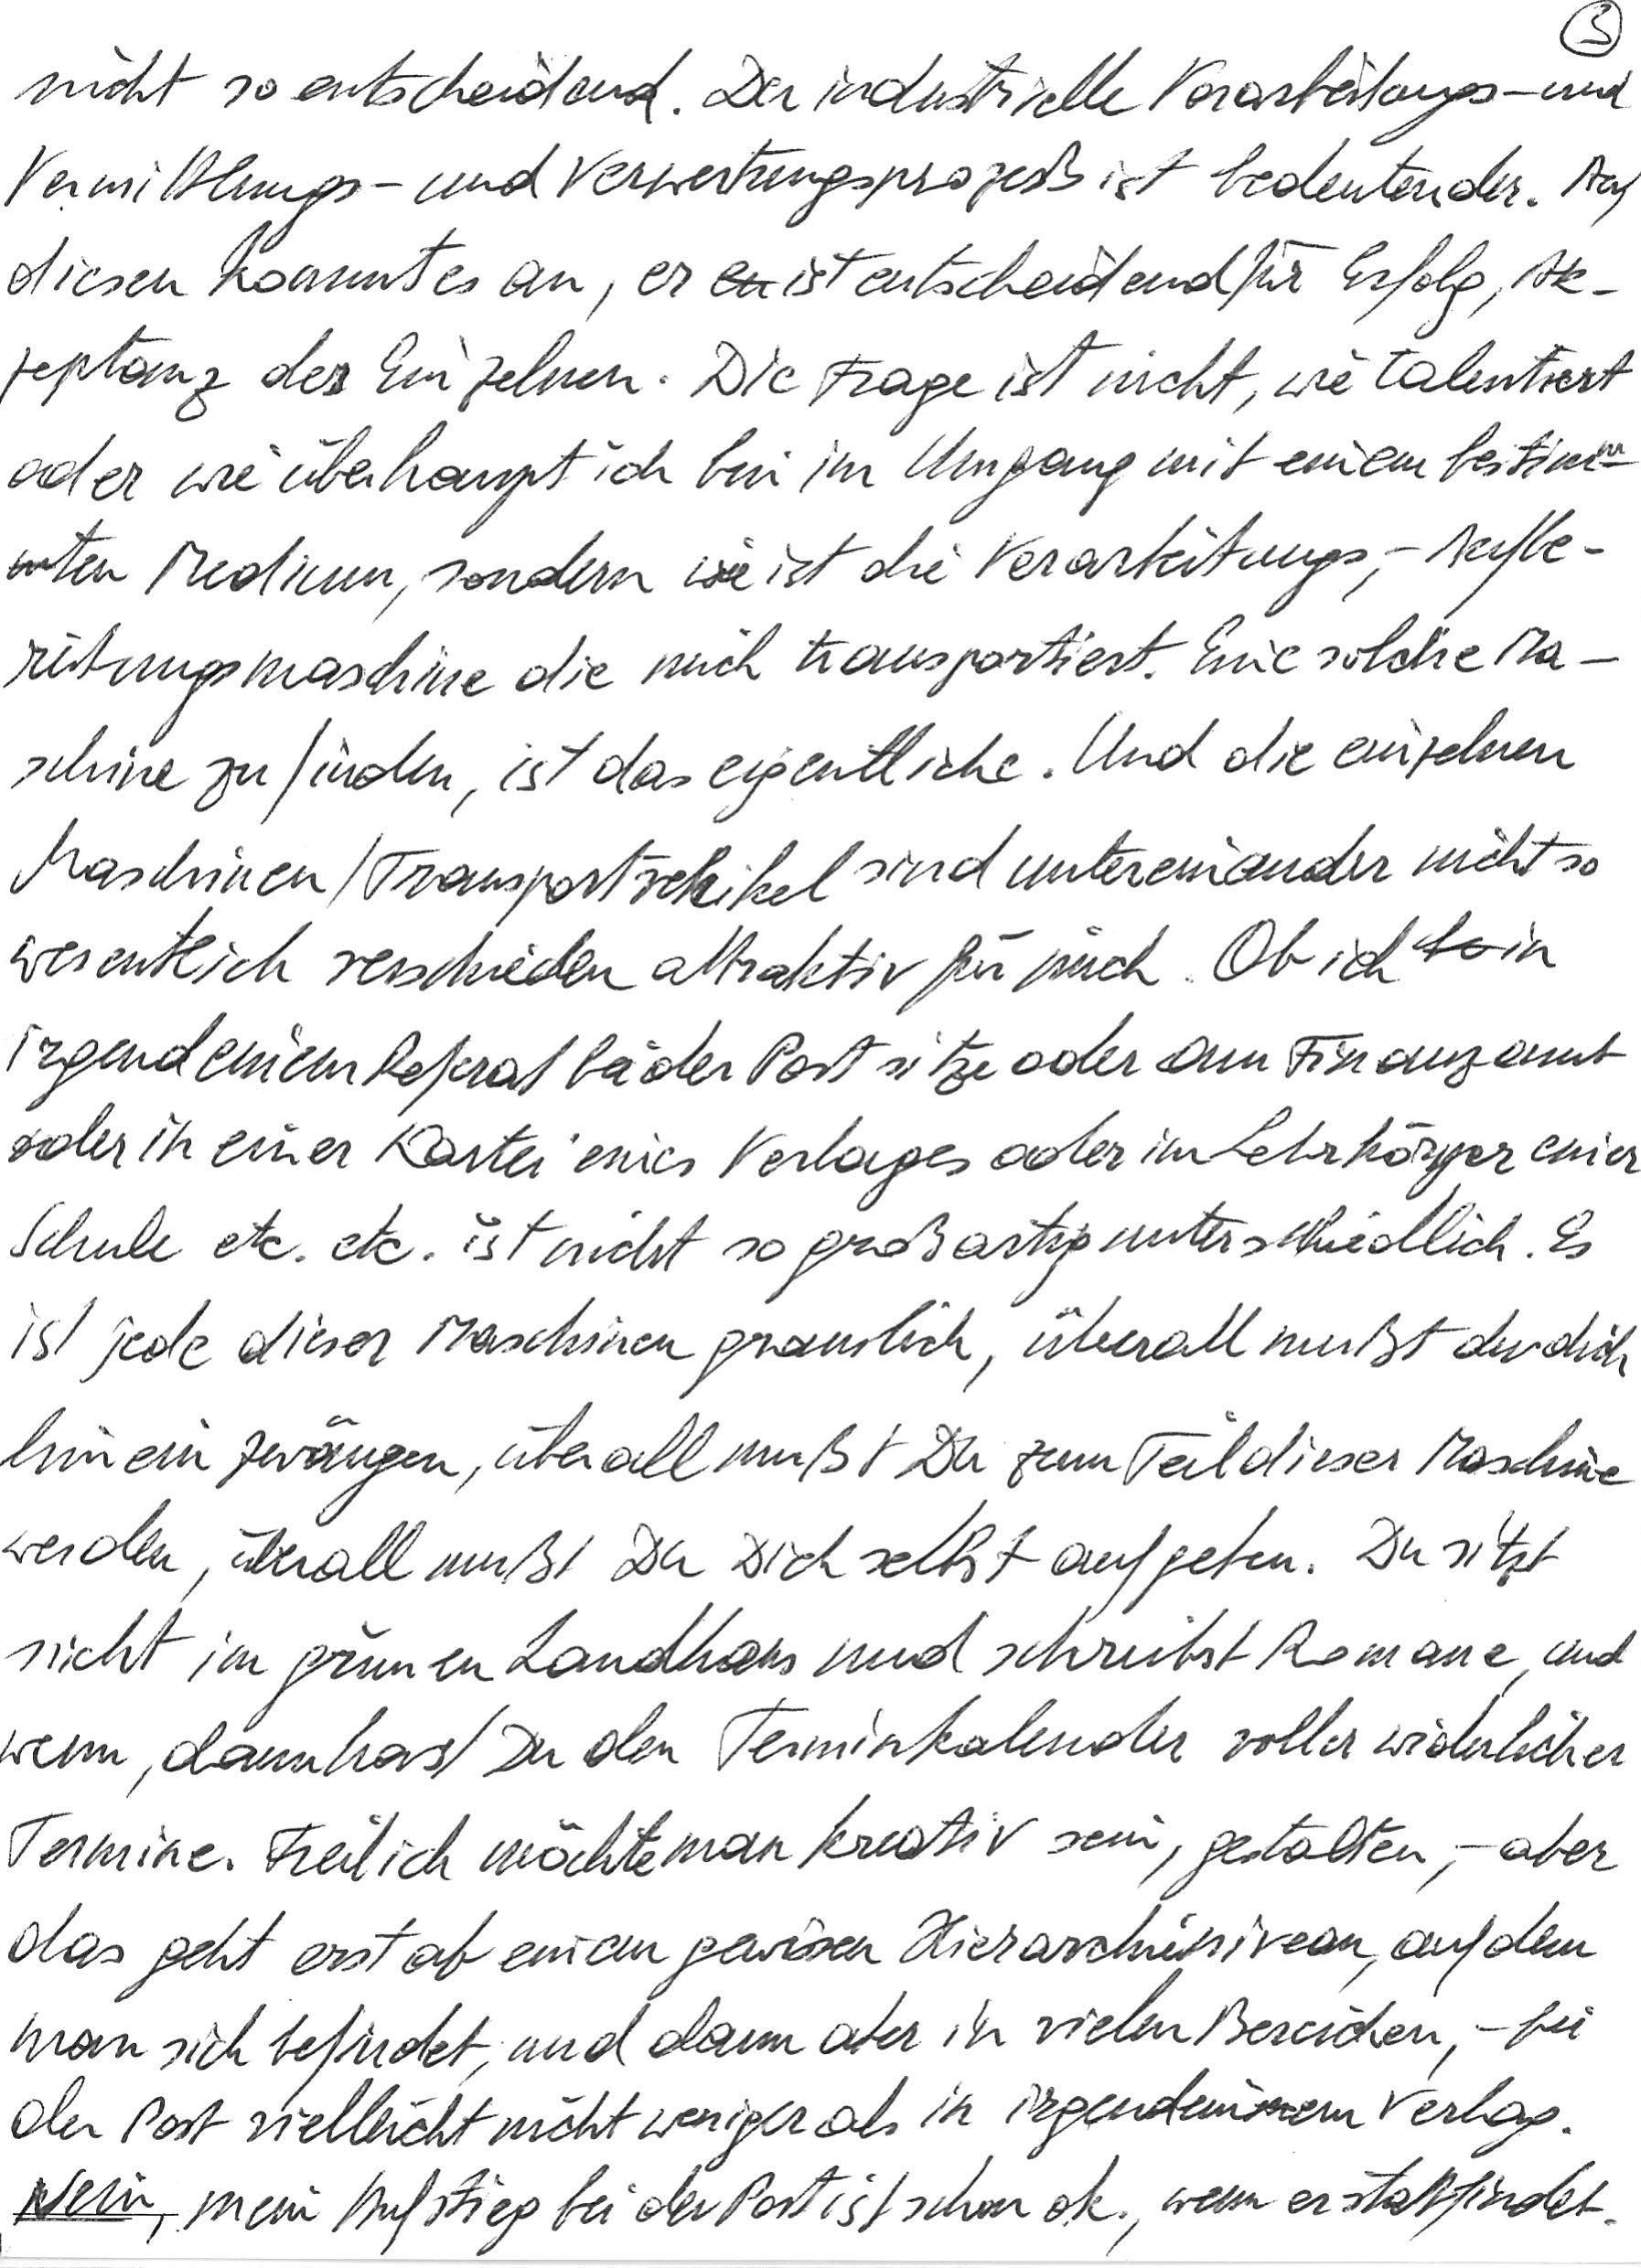
nicht so entscheidend. Der industrielle Verarbeitungs- und
Vermittlungs- und Verwertungsprozeß ist bedeutender. Auf
diesen kommt es an, er ist entscheidend für Erfolg, Ak-
zeptanz des Einzelnen. Die Frage ist nicht, wie talentiert
oder wie überhaupt ich bin im Umgang mit einem bestimm-
ten Medium, sondern ist die Verarbeitungs-, Aufbe-
reitungsmaschine die mich transportiert. Eine solche Ma-
schine zu finden, ist das eigentliche. Und die einzelnen
Maschinen/Transportvehikel sind untereinander nicht so
wesentlich verschieden attraktiv für mich. Ob ich in
irgendeinem Referat bei der Post sitze oder am Finanzamt
oder in einer Kartei eines Verlages oder im Lehrkörper einer
Schule etc. etc. ist nicht so großartig unterschiedlich. Es
ist jede dieser Maschinen grauslich, überall mußt du dich
hineinzwängen, überall mußt Du zum Teil dieser Maschine
werden, überall mußt Du Dich selbst aufgeben. Du sitzt
nicht im grünen Landhaus und schreibst Romane, und
wenn, dann hast Du den Terminkalender voller widerlicher
Termine. Freilich möchte man kreativ sein, gestalten, – aber
das geht erst ab einem gewissen Hierarchieniveau, auf dem
man sich befindet, und dann aber in vielen Bereichen, – bei
der Post vielleicht nicht weniger als in irgendeinem Verlag.
Nein, mein Aufstieg bei der Post ist schon o.k., wenn er stattfindet.